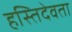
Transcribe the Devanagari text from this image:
हस्तिदेवता